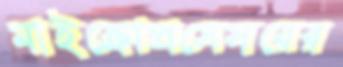
মাইক্রোপ্রসেসরের